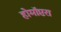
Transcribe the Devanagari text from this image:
होमॉप्टरा